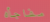
مفاجأه